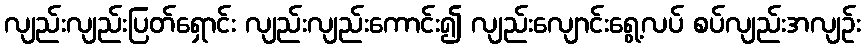
လျည်းလျည်းပြတ်ရှောင်း လျည်းလျည်းကောင်း၍ လျည်းလျောင်းရွေ့လပ် စပ်လျည်းအလျဉ်း